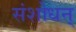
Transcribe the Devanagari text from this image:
संशोधन्